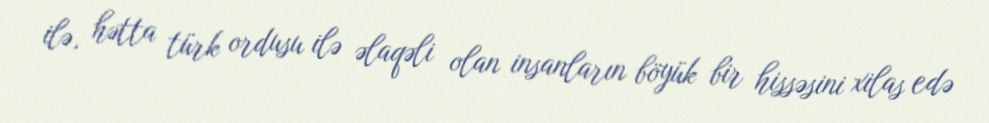
ilə, hətta türk ordusu ilə əlaqəli olan insanların böyük bir hissəsini xilas edə